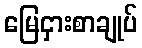
မြေငှားစာချုပ်